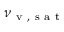
\nu _ { \mathrm { ~ v ~ , ~ s ~ a ~ t ~ } }